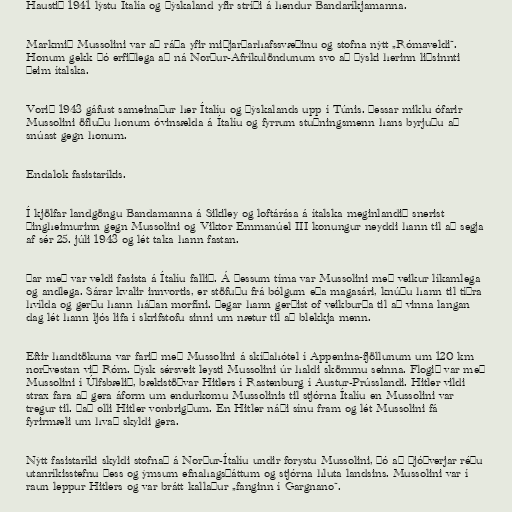
Haustið 1941 lýstu Ítalía og Þýskaland yfir stríði á hendur Bandaríkjamanna.

Markmið Mussolini var að ráða yfir miðjarðarhafssvæðinu og stofna nýtt „Rómaveldi“.
Honum gekk þó erfiðlega að ná Norður-Afríkulöndunum svo að þýski herinn liðsinnti
þeim ítalska.

Vorið 1943 gáfust sameinaður her Ítalíu og Þýskalands upp í Túnis. Þessar miklu ófarir
Mussolini öfluðu honum óvinsælda á Ítalíu og fyrrum stuðningsmenn hans byrjuðu að
snúast gegn honum.

Endalok fasistaríkis.

Í kjölfar landgöngu Bandamanna á Sikiley og loftárása á ítalska meginlandið snerist
þingheimurinn gegn Mussolini og Viktor Emmanúel III konungur neyddi hann til að segja
af sér 25. júli 1943 og lét taka hann fastan.

Þar með var veldi fasista á Ítalíu fallið. Á þessum tíma var Mussolini með veikur líkamlega
og andlega. Sárar kvalir innvortis, er stöfuðu frá bólgum eða magasári, knúðu hann til tíðra
hvílda og gerðu hann háðan morfíni. Þegar hann gerðist of veikburða til að vinna langan
dag lét hann ljós lifa í skrifstofu sinni um nætur til að blekkja menn.

Eftir handtökuna var farið með Mussolini á skíðahótel í Appenina-fjöllunum um 120 km
norðvestan við Róm. Þýsk sérsveit leysti Mussolini úr haldi skömmu seinna. Flogið var með
Mussolini í Úlfsbælið, bækistöðvar Hitlers í Rastenburg í Austur-Prússlandi. Hitler vildi
strax fara að gera áform um endurkomu Mussolinis til stjórna Ítalíu en Mussolini var
tregur til. Það olli Hitler vonbrigðum. En Hitler náði sínu fram og lét Mussolini fá
fyrirmæli um hvað skyldi gera.

Nýtt fasistaríki skyldi stofnað á Norður-Ítalíu undir forystu Mussolini, þó að Þjóðverjar réðu
utanríkisstefnu þess og ýmsum efnahagsþáttum og stjórna hluta landsins. Mussolini var í
raun leppur Hitlers og var brátt kallaður „fanginn í Gargnano“.